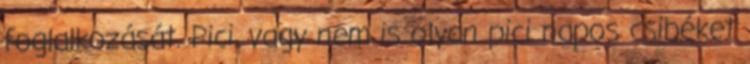
foglalkozását. Pici, vagy nem is olyan pici napos csibéket